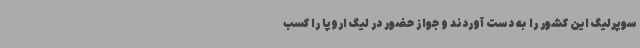
سوپرلیگ این کشور را به دست آوردند و جواز حضور در لیگ اروپا را کسب